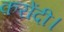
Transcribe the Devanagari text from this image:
करोंदी।